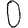
Digit: 0